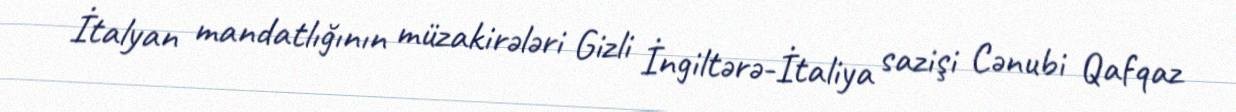
İtalyan mandatlığının müzakirələri Gizli İngiltərə-İtaliya sazişi Cənubi Qafqaz